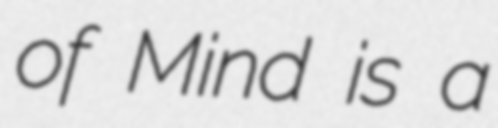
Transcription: of Mind is a